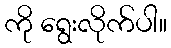
ကို ရွေးလိုက်ပါ။